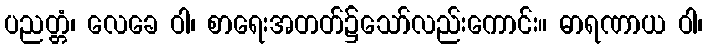
ပညတ္တံ၊ လေခေ ဝါ၊ စာရေးအတတ်၌သော်လည်းကောင်း။ ဓာရဏာယ ဝါ၊